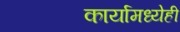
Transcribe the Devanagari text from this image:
कार्यामध्येही